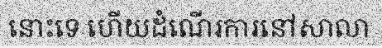
នោះទេ ហើយដំណើរការនៅសាលា